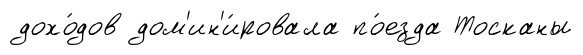
дохо́дов дом'ин'и́ровала по́езда Тосканы